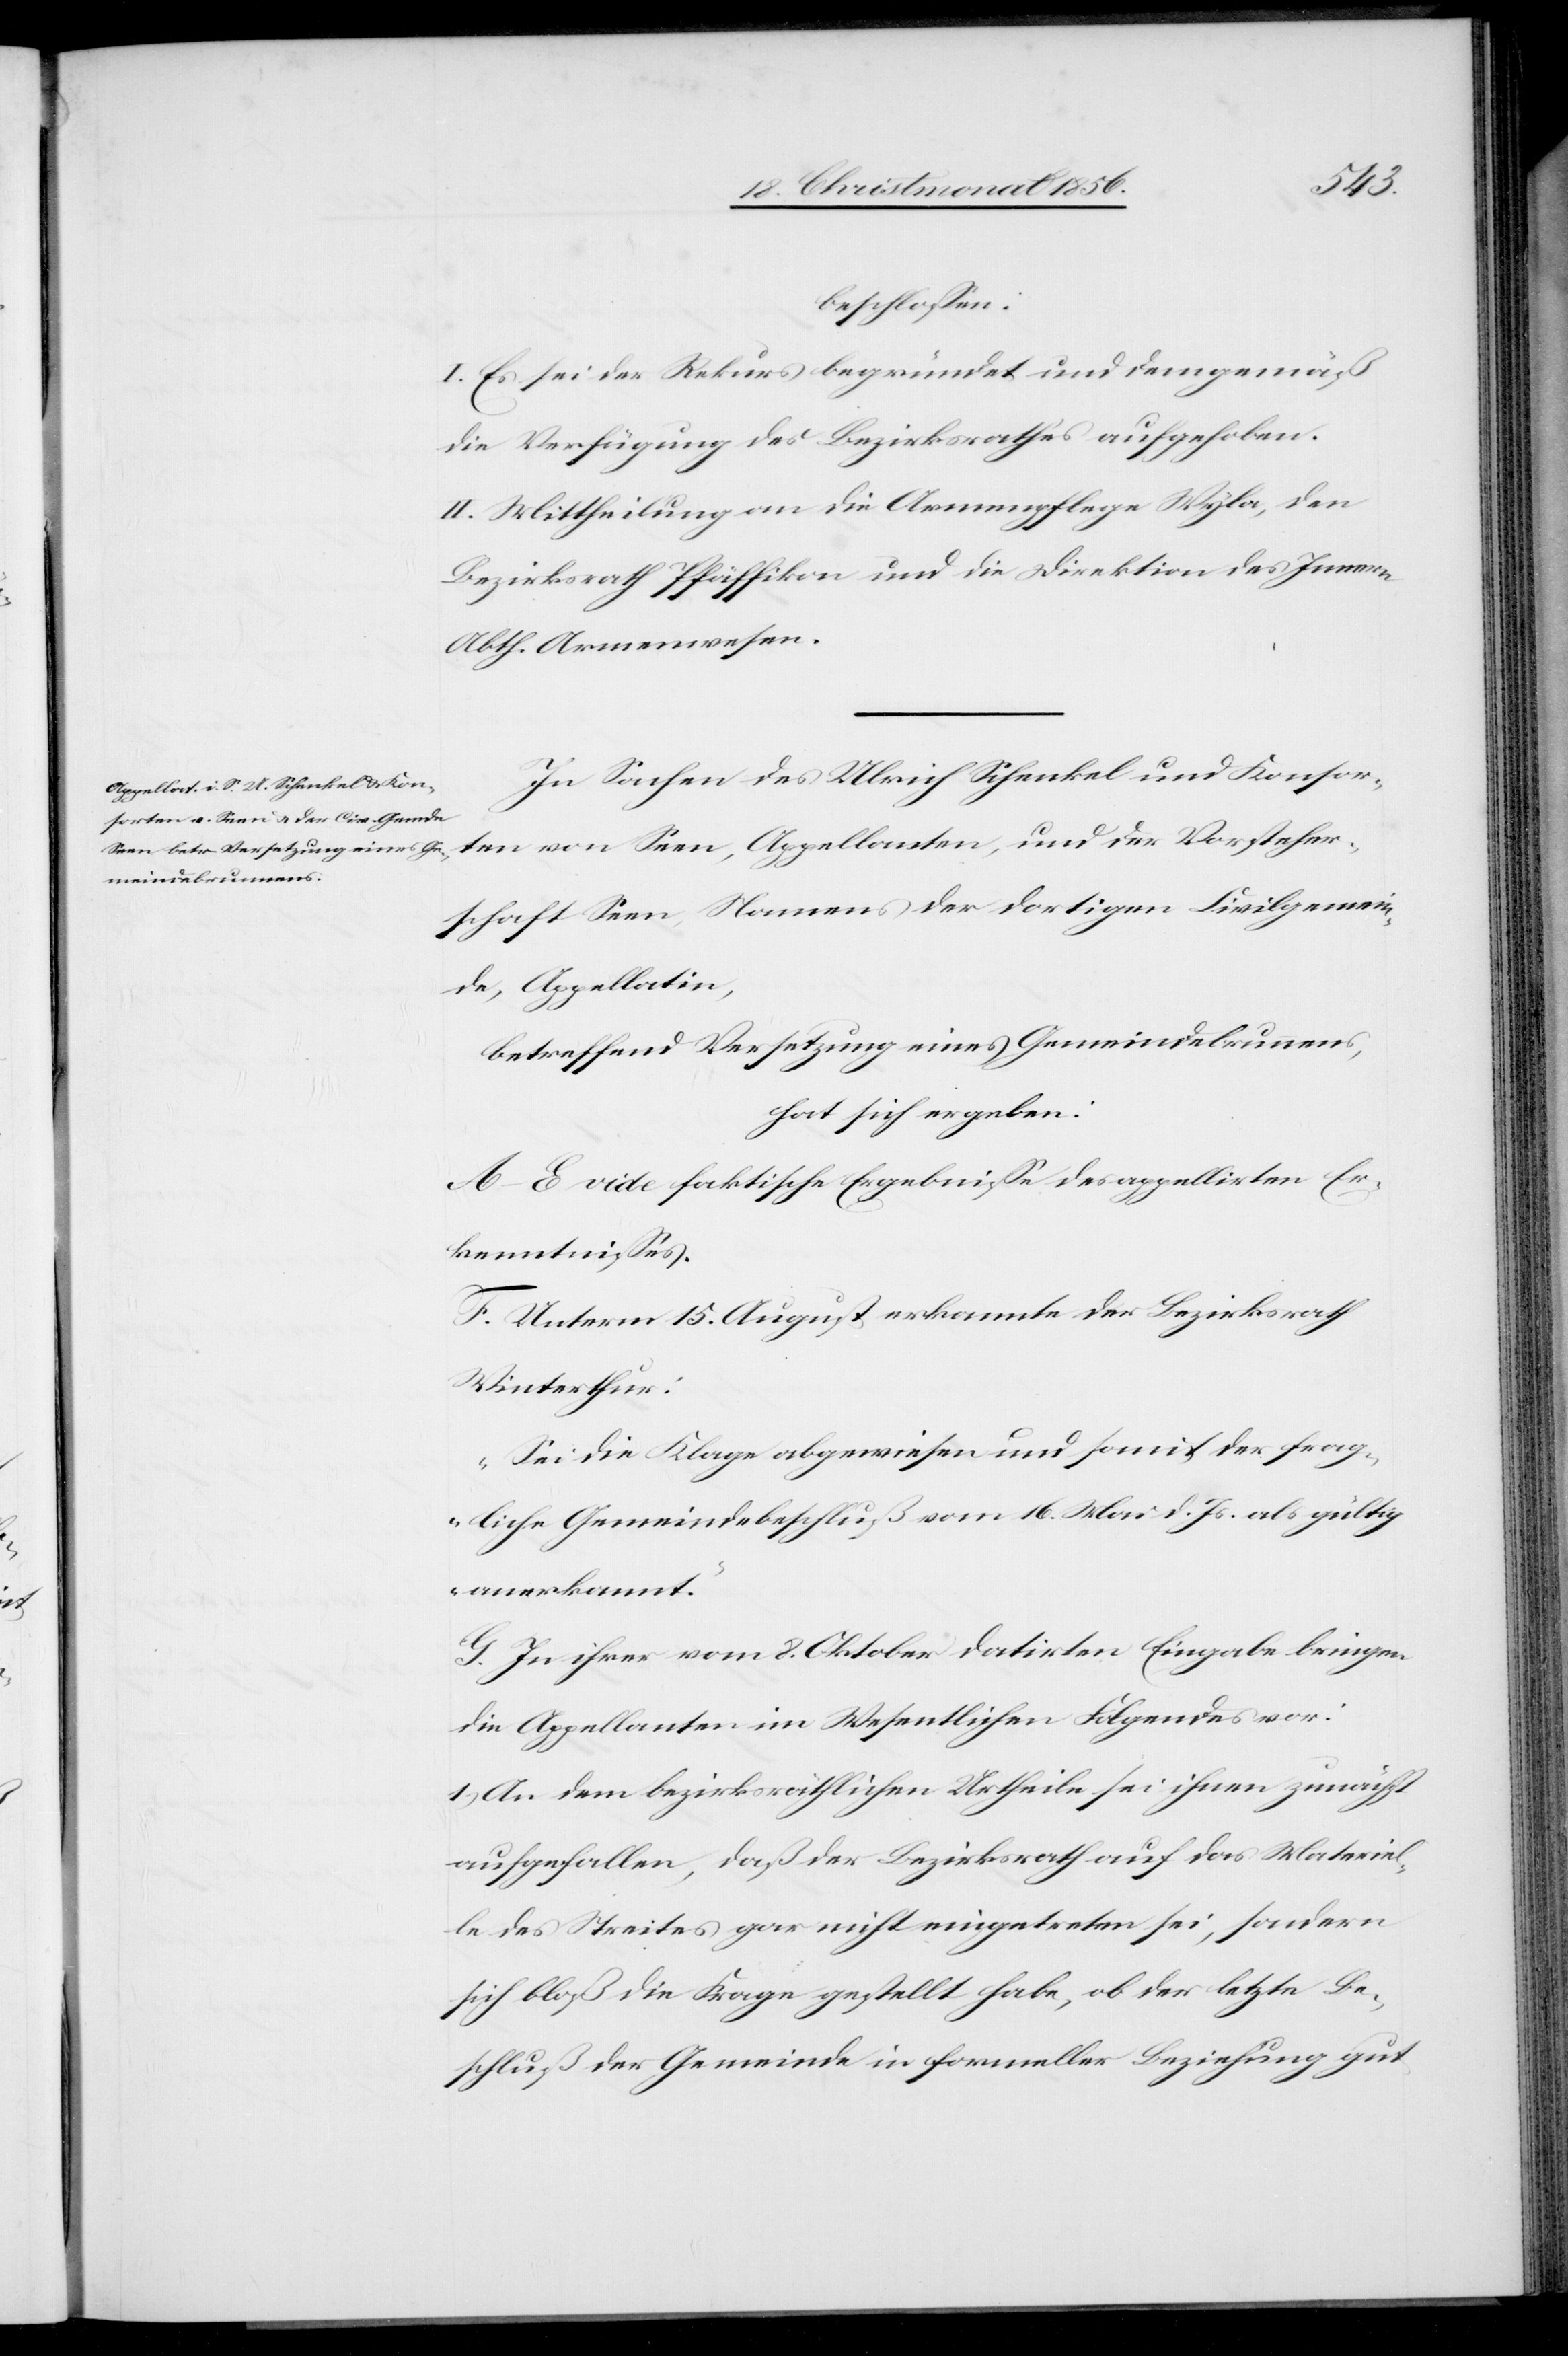
Vorsteher¬
beschlossen:
I. Es sei der Rekurs begründet und demgemäß
die Verfügung des Bezirksrathes aufgehoben.
II. Mittheilung an die Armenpflege Wyla, den
Bezirksrath Pfäffikon und die Direktion des Innern
Abth. Armenwesen.
In Sachen des Ulrich Schenkel und Konsor¬
schaft Seen, Namens der dortigen Civilgemein¬
de, Appellatin,
betreffend Versetzung eines Gemeindebrunnens,
hat sich ergeben:
A.–E. vide faktische Ergebnisse des appellirten Er¬
kenntnisses.
F. Unterm 15. August erkannte der Bezirksrath
Winterthur:
„Sei die Klage abgewiesen und somit der frag¬
liche Gemeindebeschluß vom 16. Mai d. Js. als gültig
anerkannt.“
G. In ihrer vom 8. Oktober datirten Eingabe bringen
die Appellanten im Wesentlichen Folgendes vor:
1.) An dem bezirksräthlichen Urtheile sei ihnen zunächst
aufgefallen, daß der Bezirksrath auf das Materiel¬
le des Streites gar nicht eingetreten sei, sondern
sich bloß die Frage gestellt habe, ob der letzte Be¬
schluß der Gemeinde in formeller Beziehung gut